Insane asylums in Bengal annual reports 1876-1887 - 1876-1887
Year: 1876
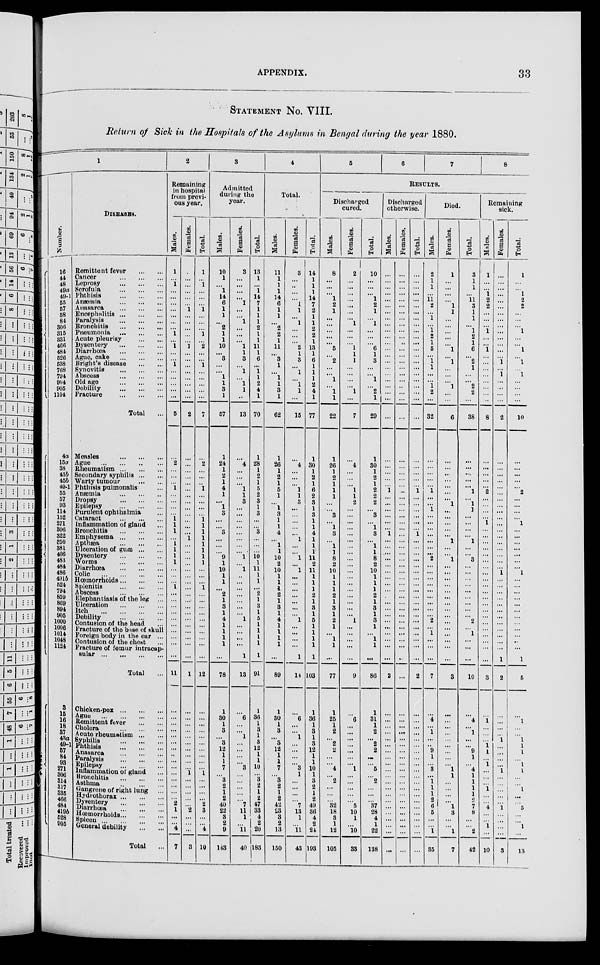
APPENDIX.
33
STATEMENT No. VIII.
Return of Sick in the Hospitals of the Asylums in Bengal during the year 1880.
1
Number.
16
44
48
49a
49-1
55
57
58
84
306
315
331
466
484
526
538
768
794
904
905
1104
4a
15a
38
43b
45b
49-1
55
57
93
114
152
271
306
322
350
381
466
483
484
486
491b
524
794
859
869
894
905
1000
1006
1014
1048
1124
3
15
16
18
37
43a
49-1
57
84
93
271
306
314
317
335
406
484 419b
528 905
DISEASES.
Remittent fever ... ... ...
Cancer
...
...
...
Leprosy
...
...
...
Scrofula
...
...
...
Phthisis
...
...
...
Anæmia
...
...
...
Anasarca
...
...
...
Encephalitis...
...
...
Paralysis
...
...
...
Bronchitis
...
...
...
Pneumonia
...
...
...
Acute pleurisy ... ... ...
Dysentery
...
...
...
Diarrhœa
...
...
...
Ague, cake
...
...
...
Bright's disease ... ... ...
Synovitis
...
...
...
Abscess
...
...
...
Old age
...
...
...
Debility
...
...
...
Fracture
...
...
...
Total ...
Measles
...
...
...
Ague
...
...
...
...
Rheumatism...
...
...
Secondary
syphilis...
...
Warty tumour ... ... ...
Phthisis pulmonalis ...
Anæmia
...
...
...
Dropsy
...
...
...
Epilepsy
...
...
...
Purulent ophthalmia ...
Cataract
...
...
...
Inflammation of gland ...
Bronchitis
...
...
...
Emphysema
...
...
...
Apthæa
...
...
...
Ulceration of gum
...
...
Dysentery
...
...
...
Worms
...
...
...
Diarrhoea
...
...
...
Colic
...
...
...
Hœmorrhoids
...
...
Splenitis
...
...
...
Abscess
...
...
...
Elephantiasis of the leg ...
Ulceration
...
...
...
Itch
...
...
...
...
Debility
...
...
...
Contusion of the head ...
Fracture of the base of skull
Foreign body in the ear ...
Contusion of the chest ...
Fracture of femur intracap-
sular
...
...
...
...
Total ...
Chicken-pox
...
...
Ague
...
...
Remittent fever
...
...
Cholera
...
...
Acute rheumatism
...
...
Syphilis
...
...
Phthisis
...
...
Anasarca
...
...
Paralysis
...
...
Epilepsy
...
...
Inflammation of gland ...
Bronohitis ... ...
Asthma
...
...
Gangrene of right lung
...
Hydrothorax...
...
Dysentery
...
...
Diarrhœa
...
...
Hœmorrhoids...
...
...
Spleen...
...
...
...
General debility
...
...
Total ...
2
Remaining
in hospital
from previ-
ous year.
Males.
1
...
1
...
...
...
...
...
...
...
1
...
1
...
...
1
...
...
...
...
...
5
...
2
...
...
...
1
...
...
...
...
1
1
1
...
1
1
1
1
...
...
...
1
...
...
...
...
...
...
...
...
...
...
11
...
...
...
...
...
...
...
..
...
...
...
...
...
...
...
2
1
...
...
4
7
Females.
...
...
...
...
...
...
1
...
...
...
...
...
1
...
...
...
...
...
...
...
...
2
...
...
...
...
...
...
...
...
...
...
...
...
...
1
...
...
...
...
...
...
...
...
...
...
...
...
...
...
...
...
...
...
1
...
...
...
...
...
...
...
...
...
...
1
...
...
...
...
...
2
...
...
...
3
Total.
1
...
1
...
...
...
1
...
...
...
1
...
2
...
...
1
...
...
...
...
...
7
...
2
...
...
..
1
...
...
...
...
1 1
1
1
1
1
1
1
...
...
...
1
...
...
...
...
...
...
...
...
...
12
...
...
...
...
...
...
...
...
...
...
1
...
...
...
2
3
...
...
4
10
3
Admitted
during the
year.
Males.
10
1
...
1
14
6
1
1
...
2
1
1
10
...
3
...
...
1
1
3
1
57
1
24
1
2
1
4
1
...
1
3
...
...
3
...
...
...
9
1
10
1
1
...
2
1
3
1
4
1
1
1
1
...
78
1
30
1
3
...
3
12
1
1
7
...
3
2
1
2
40
22
3
2
9
143
Females.
3
...
...
...
...
1
...
...
1
...
...
...
1
1
3
...
1
...
1
1
..
13
...
4
...
...
...
1
1
3
...
...
...
...
...
...
...
...
1
...
1
...
...
...
...
...
...
...
1
...
...
...
...
1
13
...
6
...
...
1
...
...
...
...
3
...
...
...
...
...
7
11
1
...
11
40
Total.
13
1
...
1
14
7
1
1
1
2
1
1
11
1
6
...
1
1
2
4
1
70
1
28
1
2
1
5
2
3
1
3
...
...
3
...
...
...
10
1
11
1
1
...
2
1
3
1
5
1
1
1
1
1
91
1
36
1
3
1
3
12
1
1
10
...
3
2
1
2
47
33
4
2
20
183
4
Total.
Males.
11
1
1
1
14
6
1
1
...
2
2
1
11
...
3
1
...
1
1
3
1
62
1
26
1
2
1
5
1
...
1
3
1
1
4
...
1
1
10
2
10
1
1
1
2
1
3
1
4
1
1
1
1
...
89
1
30
1
3
...
3
12
1
1
7
...
3
2
1
2
42
23
3
2
13
150
Females.
3
...
..
...
...
1
1
...
1
...
...
...
2
1
3
...
1
...
1
1
...
15
...
4
...
...
...
1
1
3
...
...
...
...
...
1
...
...
1
...
1
...
...
...
...
...
...
...
1
...
...
...
...
1
14
...
6
...
...
1
...
...
...
...
3
1
...
...
...
...
7
13
1
...
11
43
Total.
14
1
1
1
14
7
2
1
1
2
2
1
13
1
6
1
1
1
2
4
1
77
1
30
1
2
1
6
2
3
1
3
1
1
4
1
1
1
11
2
11
1
1
1
2
1
3
1
5
1
1
1
1
1
103
1
36
1
3
1
3
12
1
1
10
1
3
2
1
2
49
36
4
2
24
193
5
6
7
8
RESULTS.
Discharged
cured.
Males.
8
...
...
...
1
2
1
...
...
...
...
...
5
...
2
...
...
1
...
1
1
22
1
26
1
2
1
1
1
...
...
3
...
1
3
...
1
1
8
2
10
1
1
1
2
1
3
1
2
1
...
1
1
...
77
1
25
1
2
...
2
2
...
...
4
...
2
...
...
...
32
18
3
1
12
105
Females.
2
...
...
...
...
...
...
...
1
...
...
...
1
1
1
...
...
...
...
1
...
7
...
4
...
...
...
1
1
2
...
...
...
...
...
...
...
...
...
...
...
...
...
...
...
...
...
...
1
...
...
...
...
...
9
...
6
...
...
...
...
...
...
...
1
...
...
...
...
...
5
10
1
...
10
33
Total.
10
...
...
...
1
2
1
...
1
...
...
...
6
1
3
...
...
1
...
2
1
29
1
30
1
2
1
2
2
2
...
3
...
1
3
...
1
1
8
2
10
1
1
1
2
1
3
1
3
1
...
1
1
...
86
1
31
1
2
...
2
2
...
...
5
...
2
...
...
...
37
28
4
1
22
138
Discharged
otherwise.
Males.
...
...
...
...
...
...
...
...
...
...
...
...
...
...
...
...
...
...
...
...
...
...
...
...
...
...
...
1
...
...
...
...
...
...
1
...
...
....
...
...
...
...
...
...
...
...
...
...
...
...
...
...
...
2
...
...
...
...
...
...
...
...
...
...
...
...
...
...
...
...
...
...
...
...
...
Females.
...
...
...
...
...
...
...
...
...
...
...
..
...
...
...
...
...
...
..
...
...
...
...
...
...
...
...
..
...
...
...
...
...
...
...
...
...
...
...
...
...
...
...
...
...
...
...
...
...
...
...
...
...
...
...
...
...
...
...
...
...
...
...
...
...
...
...
...
...
...
...
...
...
...
...
...
Total.
...
...
...
...
...
...
...
...
...
...
...
...
...
...
...
...
...
...
...
...
...
...
...
...
...
...
...
1
...
...
...
...
...
...
1
...
...
...
...
...
...
...
...
...
...
...
...
...
...
...
...
...
...
...
2
...
...
...
...
...
...
...
...
...
...
...
...
...
...
...
...
...
...
...
...
Died.
Males.
2
1
1
...
11
2
...
1
...
1
2
1
5
...
1
1
...
...
1
2
...
32
...
...
...
...
...
1
...
...
1
...
...
...
...
...
...
...
2
...
...
...
...
...
...
...
...
...
2
...
1
...
...
7
...
4
...
1
...
...
9
1
...
3
...
1
1
1
2
6
5
...
...
1
35
Females.
1
...
...
...
...
1
1
...
...
...
...
...
1
...
1
...
...
...
1
...
...
6
...
...
...
...
...
...
...
1
...
...
...
...
...
1
...
...
1
...
...
...
...
...
...
...
...
...
...
...
...
...
...
...
3
...
...
...
...
...
...
...
...
...
1
1
...
...
...
...
1
3
...
...
1
7
Total.
3
1
1
...
11
3
1
1
...
1
2
1
6
...
2
1
...
...
2
2
...
38
...
....
...
...
1
...
1
1
...
...
...
...
1
...
...
3
...
...
...
...
...
...
...
...
...
2
...
1
...
...
...
10
...
4
...
1
...
...
9
1
...
4
1
1
1
1
2
7
8
...
...
2
42
Remaining
sick.
Males.
1
...
...
1
2
2
...
...
...
1
...
...
1
...
...
...
...
...
...
...
..
8
...
...
...
...
...
2
...
...
...
...
1
...
...
...
...
...
...
...
...
...
...
...
...
...
...
...
...
...
...
...
...
...
3
...
1
...
...
...
1
1
...
1
...
...
...
1
...
...
4
...
...
1
...
10
Females.
...
...
...
...
...
...
...
...
...
...
...
...
...
...
1
...
1
...
...
...
...
2
...
...
...
...
...
...
...
...
...
...
...
...
...
...
...
...
...
...
1
...
...
...
...
...
...
...
...
...
...
...
...
1
2
...
...
...
...
1
...
...
...
...
1
...
...
...
...
...
1
...
...
...
...
3
Total.
1
...
1
2
2
...
...
...
1
...
...
1
..
1
1
...
...
...
...
10
...
...
...
...
2
...
...
...
...
1
...
...
...
...
...
...
...
1
...
...
...
...
...
...
...
...
...
..
1
5
...
1
...
...
1
1
1
...
1
1
...
...
1
...
...
5
...
...
1
...
13